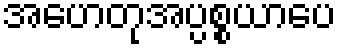
အဟေတုအပ္ပစ္စယာပေ